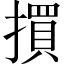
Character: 𢵯